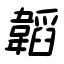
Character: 韜